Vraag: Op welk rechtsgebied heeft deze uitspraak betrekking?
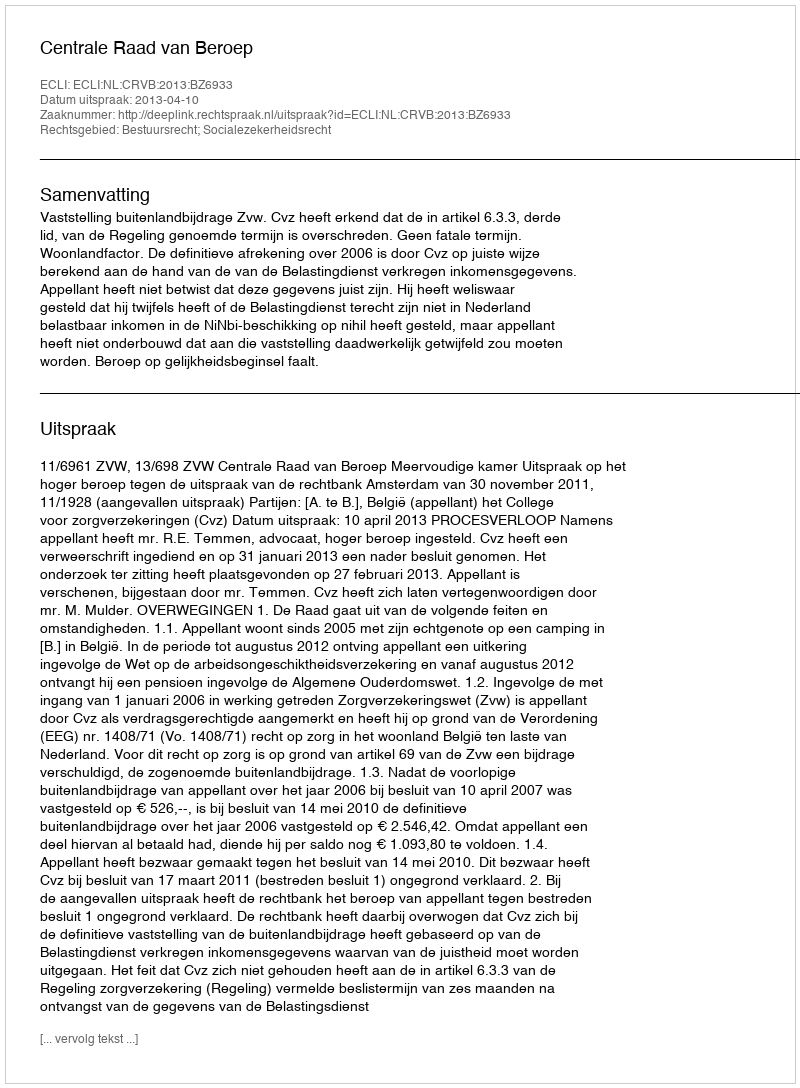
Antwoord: Bestuursrecht; Socialezekerheidsrecht